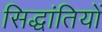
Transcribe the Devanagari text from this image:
सिद्धांतियों